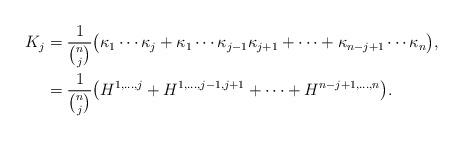
LaTeX: \begin{align*}\begin{aligned} K_j &=\frac{1}{\binom{n}{j}}\big(\kappa_1\cdots \kappa_j+\kappa_1\cdots \kappa_{j-1}\kappa_{j+1}+\cdots +\kappa_{n-j+1}\cdots \kappa_n\big), \\ & =\frac{1}{\binom{n}{j}}\big(H^{1,\ldots, j}+H^{1,\ldots, j-1,j+1}+\cdots +H^{n-j+1,\ldots, n}\big).\end{aligned}\end{align*}